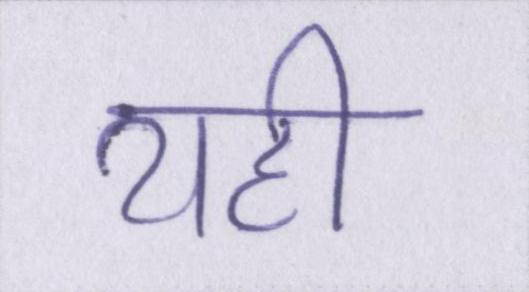
यही